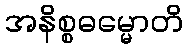
အနိစ္စဓမ္မောတိ